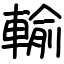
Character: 輸